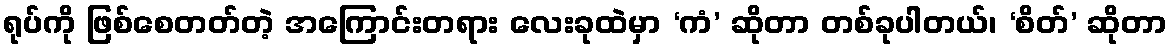
ရုပ်ကို ဖြစ်စေတတ်တဲ့ အကြောင်းတရား လေးခုထဲမှာ ‘ကံ’ ဆိုတာ တစ်ခုပါတယ်၊ ‘စိတ်’ ဆိုတာ